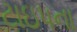
ટાઇપના